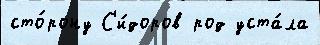
сто́рону С'и́доров род уста́ла